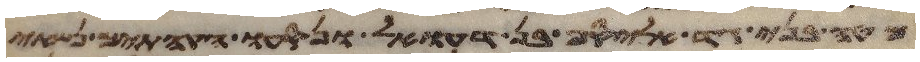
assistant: מטה בני גד אליסף בן דעואל ונסעו הקהתים נשאי